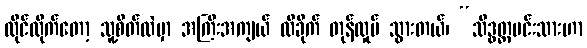
ထိုင်လိုက်တော့ သူ့စိတ်ထဲမှာ အကြီးအကျယ် ထိခိုက် တုန်လှုပ် သွားတယ်၊ “သိဒ္ဓတ္ထမင်းသားဟာ